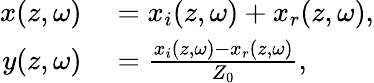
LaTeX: \begin{array}{rl}{x(z,\omega)}&{{}=x_{i}(z,\omega)+x_{r}(z,\omega),}\\ {y(z,\omega)}&{{}=\frac{x_{i}(z,\omega)-x_{r}(z,\omega)}{Z_{0}},}\end{array}